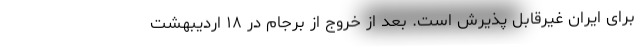
برای ایران غیرقابل پذیرش است. بعد از خروج از برجام در ۱۸ اردیبهشت